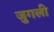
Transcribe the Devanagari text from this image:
जुगली